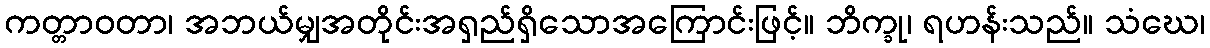
ကတ္တာဝတာ၊ အဘယ်မျှအတိုင်းအရှည်ရှိသောအကြောင်းဖြင့်။ ဘိက္ခု၊ ရဟန်းသည်။ သံဃေ၊